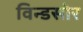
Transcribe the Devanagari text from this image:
विन्डसोर